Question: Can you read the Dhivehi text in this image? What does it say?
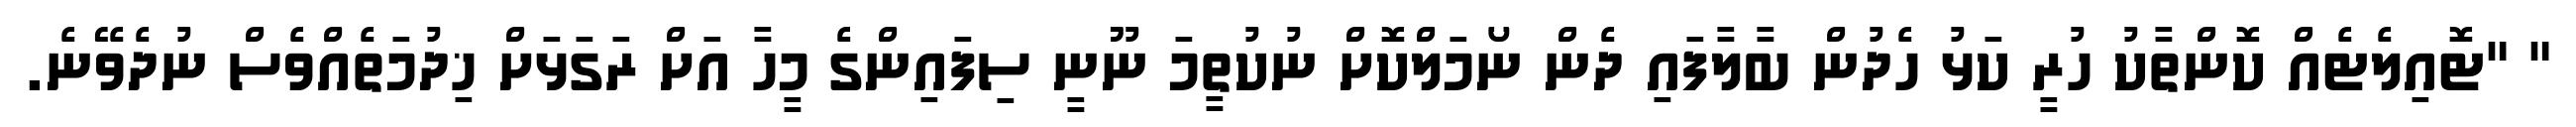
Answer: " "ޓޮއިލެޓެއް ކޮންތާކު ހުރީ ކަޅު ހެދުން ބާލާފައި ދެން ނޯމަލްކޮށް ނުކުތީމަ ނޫނީ ސިފައިންގެ މީހާ އަށް ރަގަޅަށް ޚިދުމަތެއްވެސް ނުދެވޭނެ.